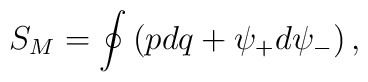
S_M=\oint \left( p dq+\psi _{+}d\psi _{-}\right)  ,